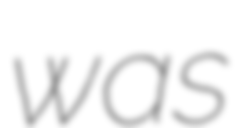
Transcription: was